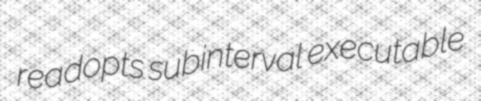
readopts subinterval executable